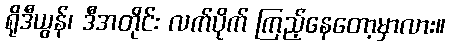
ရိုဒီယွန်၊ ဒီအတိုင်း လက်ပိုက် ကြည့်နေတော့မှာလား။